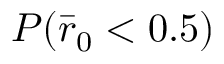
P ( \bar { r } _ { 0 } < 0 . 5 )